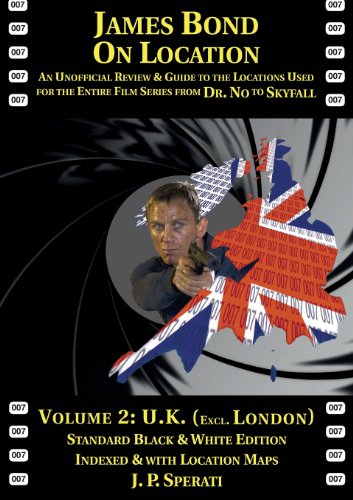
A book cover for James Bond on Location Volume 2: U.K. (Excluding London) Standard Edition; J. P. Sperati; Travel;